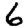
Digit: 6